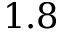
1 . 8